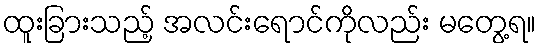
ထူးခြားသည့် အလင်းရောင်ကိုလည်း မတွေ့ရ။